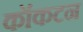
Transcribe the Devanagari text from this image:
कॉकटन